Calcutta medical institutions reports 1892-1900
Year: 1892
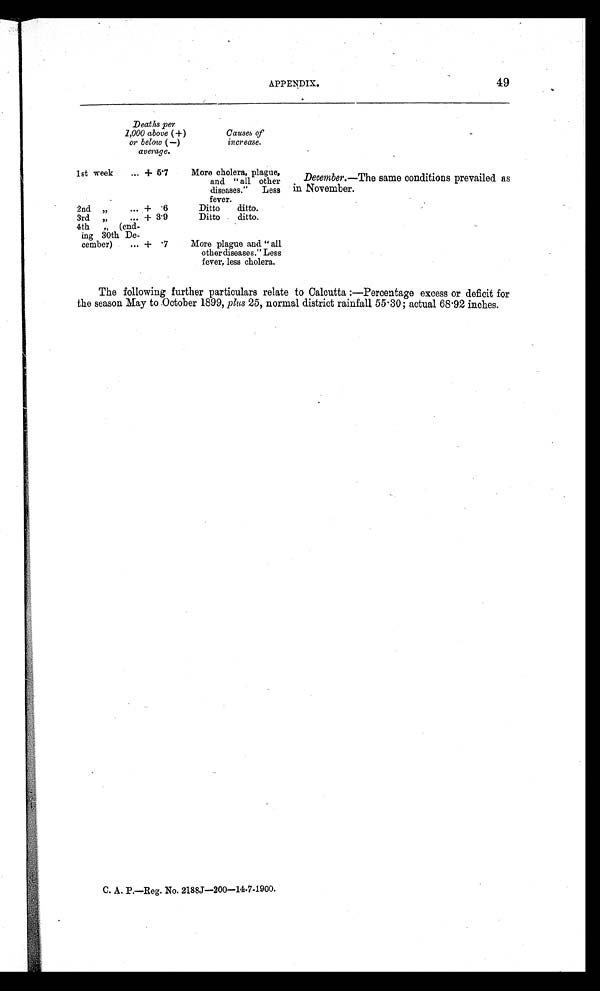
APPENDIX.
49
Deaths per
1,000 above (+)
or below (—)
average.
Causes of
increase.
1st week ... + 5.7
More cholera, plague,
and "all other
diseases." Less
fever.
2nd " ... + .6
Ditto ditto.
3rd " ... + 3.9
Ditto ditto.
4th " (end-
ing 30th De-
cember) ... + .7
More plague and "all
other diseases." Less
fever, less cholera.
December.—The same conditions prevailed as
in November.
The following further particulars relate to Calcutta:—Percentage excess or deficit for
the season May to October 1899, plus 25, normal district rainfall 55.30; actual 68.92 inches.
C. A. P.—Reg. No. 2188J—200—14.7-1900.